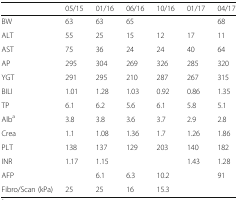
<table><thead><tr><td></td><td><b>05/15</b></td><td><b>01/16</b></td><td><b>06/16</b></td><td><b>10/16</b></td><td><b>01/17</b></td><td><b>04/17</b></td></tr></thead><tbody><tr><td>BW</td><td>63</td><td>63</td><td>65</td><td></td><td></td><td>68</td></tr><tr><td>ALT</td><td>55</td><td>25</td><td>15</td><td>12</td><td>17</td><td>11</td></tr><tr><td>AST</td><td>75</td><td>36</td><td>24</td><td>24</td><td>40</td><td>64</td></tr><tr><td>AP</td><td>295</td><td>304</td><td>269</td><td>326</td><td>285</td><td>320</td></tr><tr><td>YGT</td><td>291</td><td>295</td><td>210</td><td>287</td><td>267</td><td>315</td></tr><tr><td>BILI</td><td>1.01</td><td>1.28</td><td>1.03</td><td>0.92</td><td>0.86</td><td>1.35</td></tr><tr><td>TP</td><td>6.1</td><td>6.2</td><td>5.6</td><td>6.1</td><td>5.8</td><td>5.1</td></tr><tr><td>Alb<sup>a</sup></td><td>3.8</td><td>3.8</td><td>3.6</td><td>3.7</td><td>2.9</td><td>2.8</td></tr><tr><td>Crea</td><td>1.1</td><td>1.08</td><td>1.36</td><td>1.7</td><td>1.26</td><td>1.86</td></tr><tr><td>PLT</td><td>138</td><td>137</td><td>129</td><td>203</td><td>140</td><td>182</td></tr><tr><td>INR</td><td>1.17</td><td>1.15</td><td></td><td></td><td>1.43</td><td>1.28</td></tr><tr><td>AFP</td><td></td><td>6.1</td><td>6.3</td><td>10.2</td><td></td><td>91</td></tr><tr><td>Fibro/Scan (kPa)</td><td>25</td><td>25</td><td>16</td><td>15.3</td><td></td><td></td></tr></tbody></table>